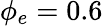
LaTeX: \phi_{e}=0.6